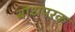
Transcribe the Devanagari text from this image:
बोधपरक